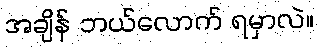
အချိန် ဘယ်လောက် ရမှာလဲ။